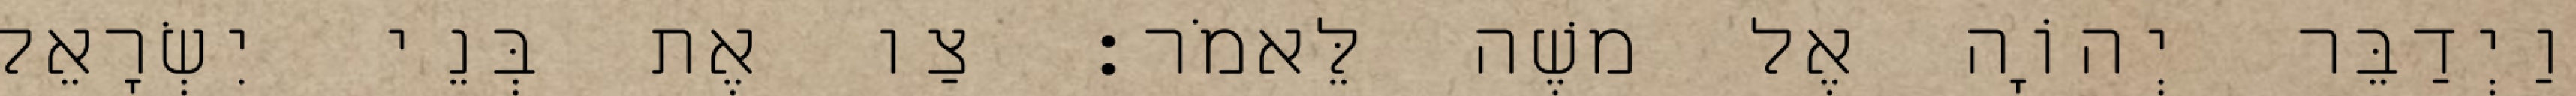
וַיְדַבֵּר יְהוָֹה אֶל משֶׁה לֵּאמֹר׃ צַו אֶת בְּנֵי יִשְׂרָאֵל